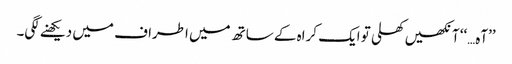
’’آہ…‘‘ آنکھیں کھلی تو ایک کراہ کے ساتھ میں اطراف میں دیکھنے لگی۔